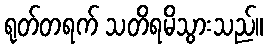
ရုတ်တရက် သတိရမိသွားသည်။